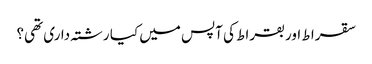
سقرا ط اور بقراط کی آپس میں کیا رشتہ داری تھی؟